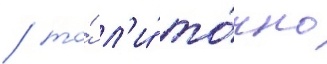
/ то́ л'и́ то́чно